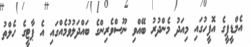
އެމްޑީޕީގެ އޮފީހުގައި މިއަދު މެންދުރު ބޭއްވި ނޫސްވެރިންގެ ބައްދަލުވުމެއްގައި އެ ޕާޓީގެ ހެލްތު